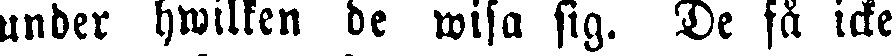
under hwilken de wisa sig. De få icke